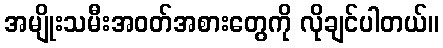
အမျိုးသမီးအဝတ်အစားတွေကို လိုချင်ပါတယ်။